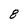
Character: 8